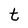
Character: t